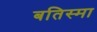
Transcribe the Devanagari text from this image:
बतिस्मा